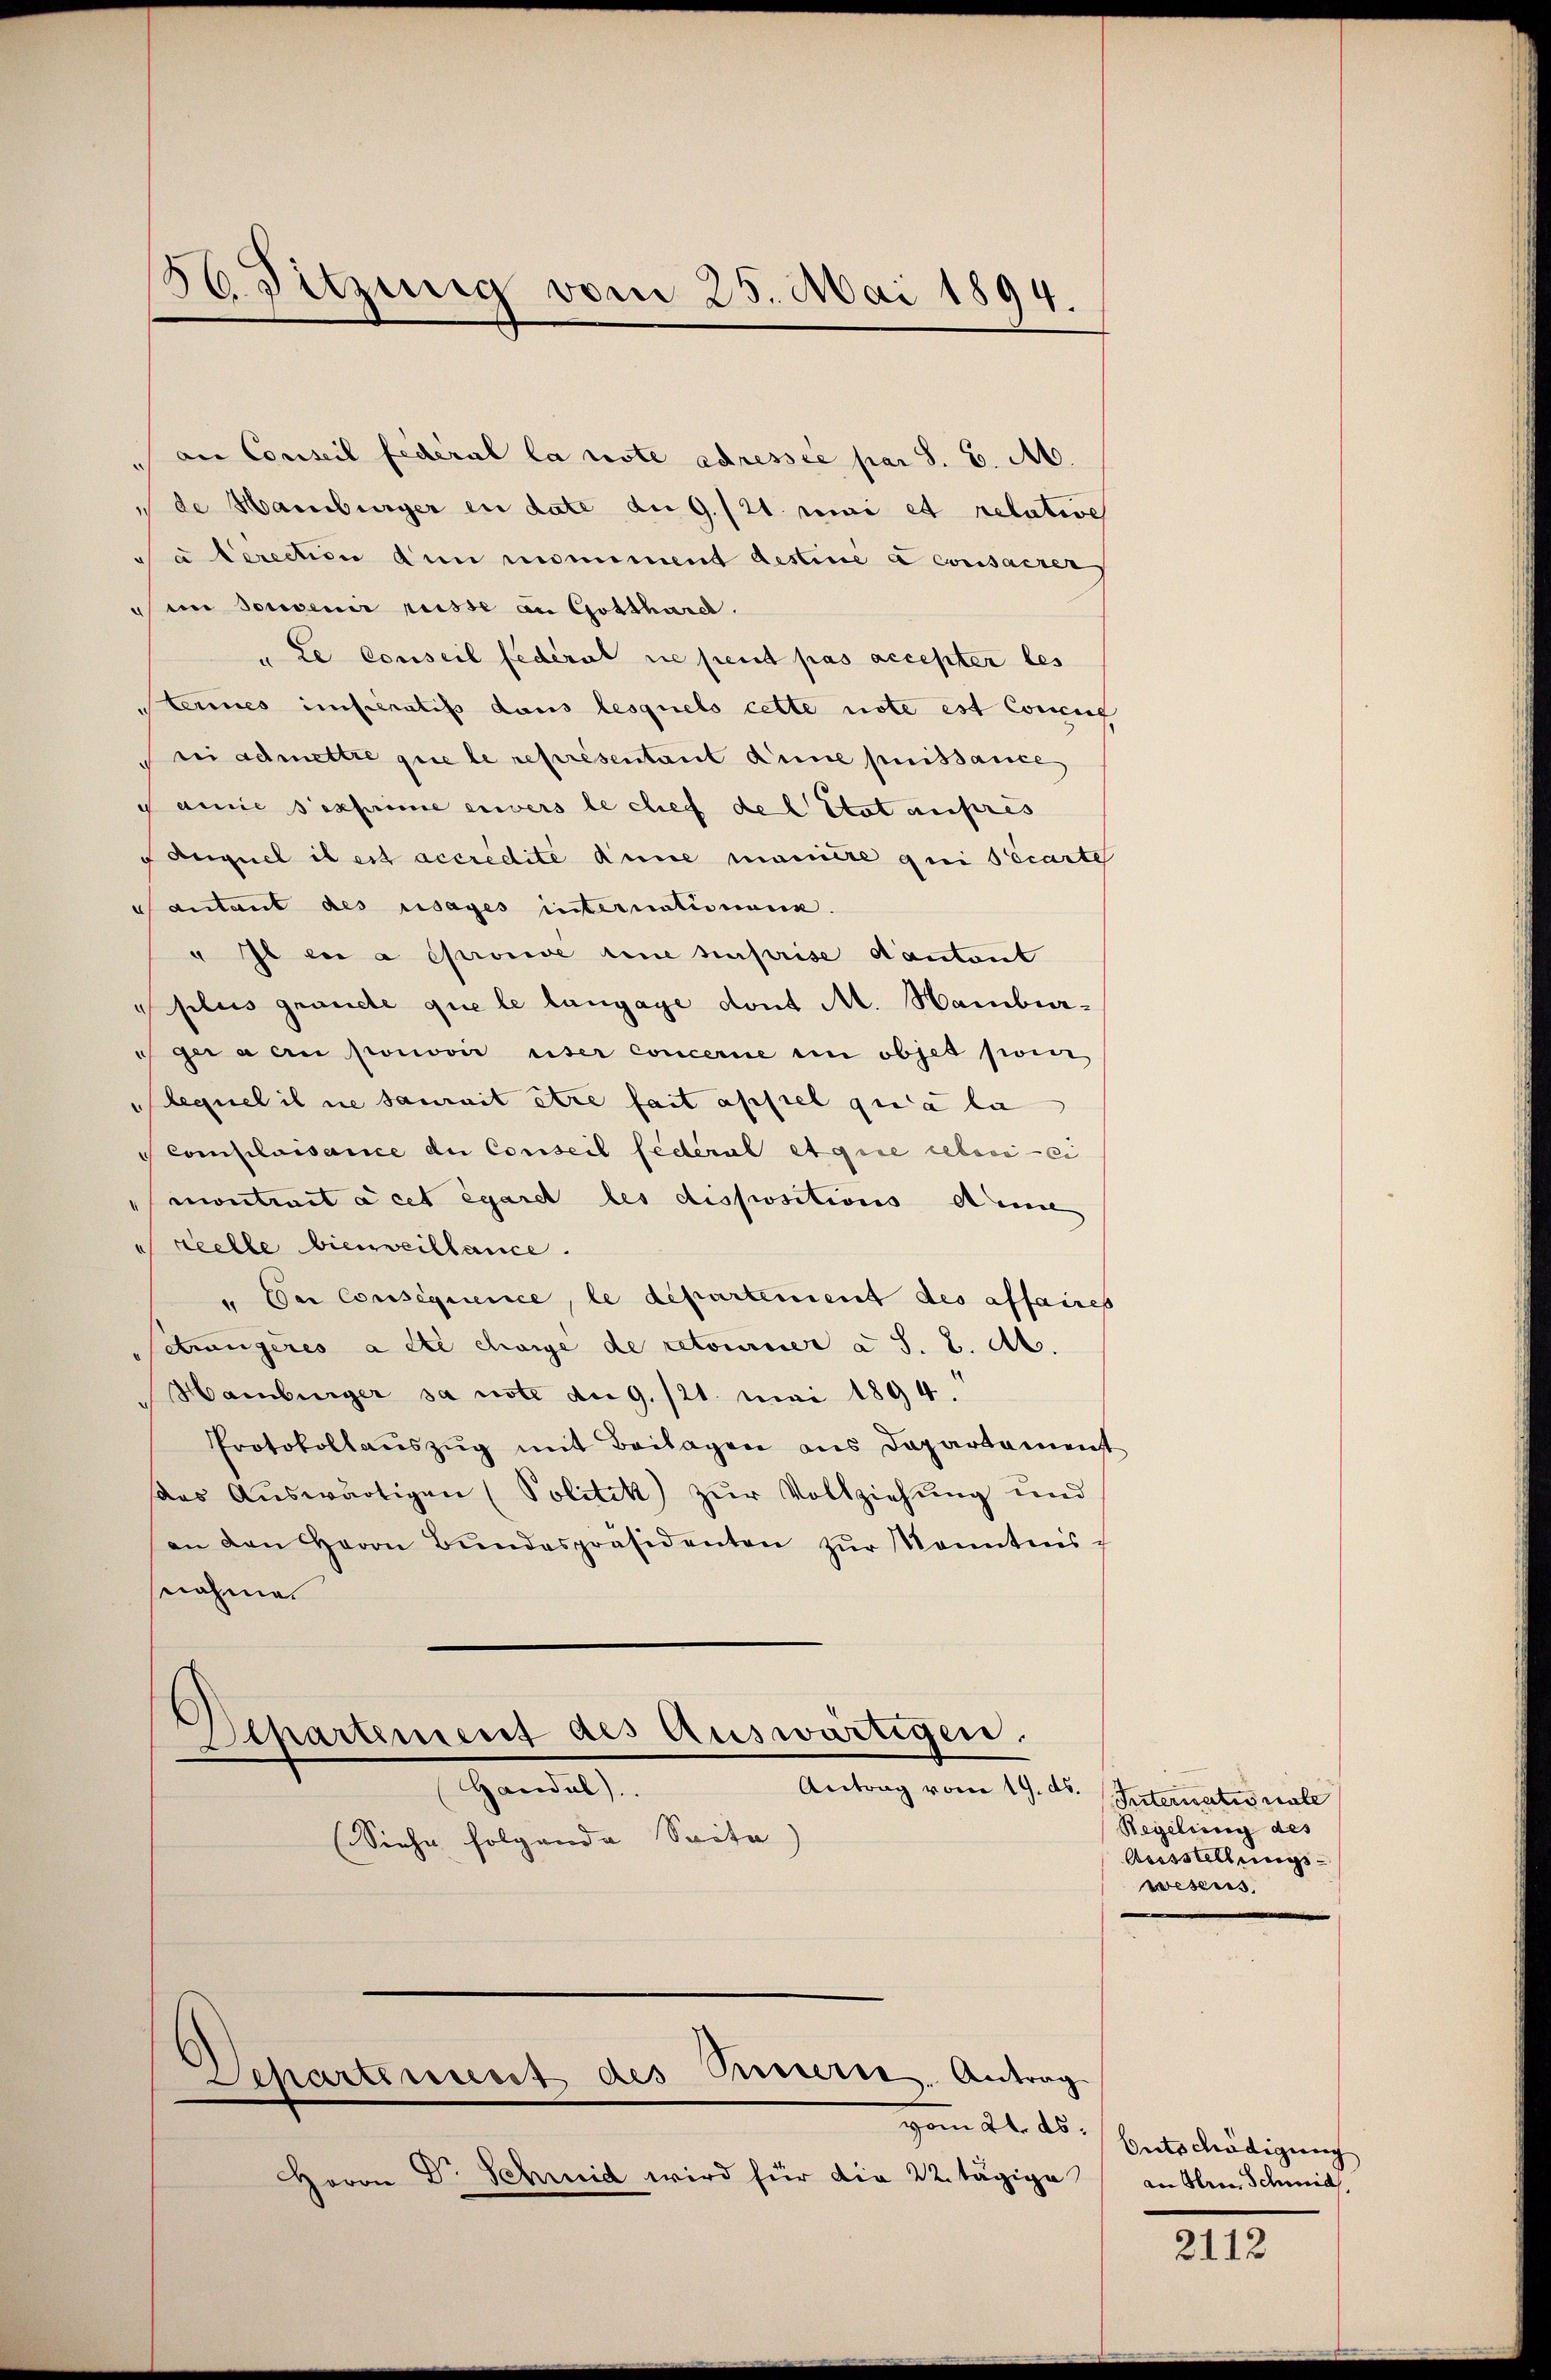
56. Sitzung vom 25. Mai 1894.

an Conseil federal la note adressée par S. B. Ab.
de Hamburger in date du 9./21. Mai et relative
da berection den monument destine a consacrer
im Souvenir russe an Gotthard.
" Le conseil federat ne peut pas accepter les
teines instratis dans lesquels cette note est Concur
ri admettre que le représentant Anne puissance
gamie sexprime erweis le chef des Etat aufris
Anguel il est accredite Anne manicte qui écarte
Santant des usages internationenz.
" Il en a éprouve eine suprise dautant
plus grande que le langage dont M. Hambur¬
 gera en pronović user concerne in objet por
Sequel il ne saurait être fait appiel qui a la
Comiplaisance du Conseil fédéral et que leben ei
montrait à cet égaret les dispositions deine
reelle bienweillance.
" Der Consequence, le departement des affaires
etwugeres a été charge de retournier a S. z. A.
Hamburger sa note du 9./21. Mai 1894.
Protokollaŭszŭg mit Beilagen aus Departament
as Auswärtigen (Politik zur Vollziehung und
an den Herrn Bŭndespräsidenten zŭr Kenntnis-
snahme

Separtement des Auswärtigen.
Antrag vom 19. ds.
Handel).

(Siehe folgende Seite)

Departement des Sinnerte. Antrag
vom 24. ds.

Horon Dr. Schmid wird für die 22. tägige

Internationale
Regelung des
Ausstellungswesens.

Entschädigung
an Herrn Schmid

2112